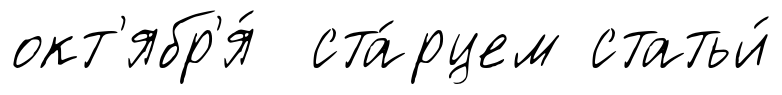
окт'ябр'я́ ста́рцем статьи́